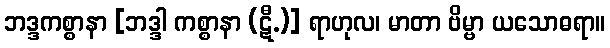
ဘဒ္ဒကစ္စာနာ [ဘဒ္ဒါ ကစ္စာနာ (ဋီ.)] ရာဟုလ၊ မာတာ ဗိမ္ဗာ ယသောဓရာ။